Civil Veterinary Department. Central Provinces & Berar 1932-41 - 1932-1941
Year: 1932
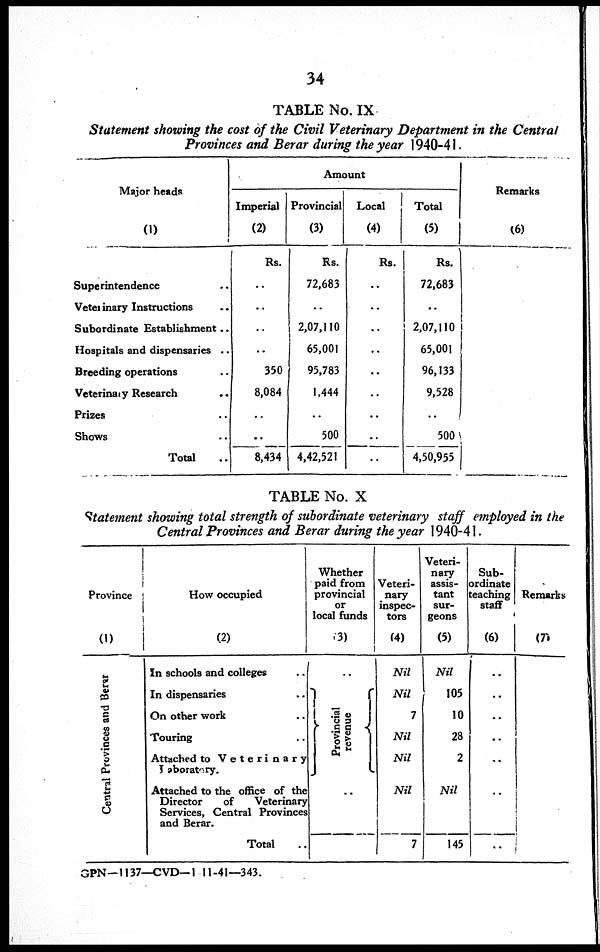
34
TABLE No. IX
Statement showing the cost of the Civil Veterinary Department in the Central
Provinces and Berar during the year 1940-41.
Major heads
(1)
Superintendence ..
Veterinary Instructions ..
Subordinate Establishment ..
Hospitals and dispensaries ..
Breeding operations ..
Veterinaiy Research ...
Prizes ..
Shows ..
Total ..
Amount
Imperial
(2)
Rs.
..
..
..
..
350
8,084
..
..
8,434
Provincial
(3)
Rs.
72,683
..
2,07,110
65,001
95,783
1,444
..
500
4,42,521
Local
(4)
Rs.
..
..
..
..
..
..
..
..
..
Total
(5)
Rs.
72,683
..
2,07,110
65,001
96,133
9,528
..
500
4,50,955
Remarks
(6)
TABLE No. X
Statement showing total strength of subordinate veterinary staff employed in the
Central Provinces and Berar during the year 1940-41.
Province
(1)
Central Provinces and Berar
How occupied
(2)
In schools and colleges ..
In dispensaries ..
On other work ..
Touring ..
Attached to
Veterinary
Laboratory.
Attached to the office of the
Director
of
Veterinary
Services, Central Provinces
and Berar.
Total ..
Whether
paid from
provincial
or
local funds
(3)
..
Provincial
revenue
..
Veteri-
nary
inspec-
tors
(4)
Nil
Nil
7
Nil
Nil
Nil
7
Veteri-
nary
assis-
tant
sur-
geons
(5)
Nil
105
10
28
2
Nil
145
Sub-
ordinate
teaching
staff
(6)
..
..
..
..
..
..
..
Remarks
(7)
GPN—1137—CVD— 1 11-41—343.